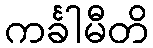
ကင်္ခါမီတိ